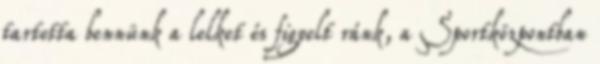
tartotta bennünk a lelket és figyelt ránk, a Sportközpontban